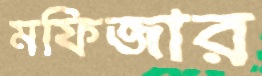
মফিজার